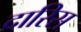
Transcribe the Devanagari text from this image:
दारिस